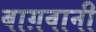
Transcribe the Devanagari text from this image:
बाग़वानी